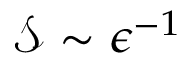
{ \mathcal { S } } \sim \epsilon ^ { - 1 }